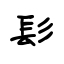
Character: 髟